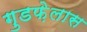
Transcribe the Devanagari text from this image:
गुडफ़ेलास